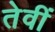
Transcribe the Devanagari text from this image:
तेवीं